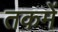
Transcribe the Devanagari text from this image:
तकमें